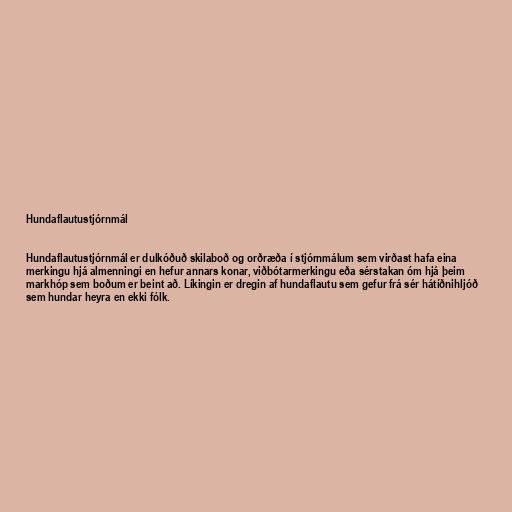
Hundaflautustjórnmál

Hundaflautustjórnmál er dulkóðuð skilaboð og orðræða í stjórnmálum sem virðast hafa eina
merkingu hjá almenningi en hefur annars konar, viðbótarmerkingu eða sérstakan óm hjá þeim
markhóp sem boðum er beint að. Líkingin er dregin af hundaflautu sem gefur frá sér hátíðnihljóð
sem hundar heyra en ekki fólk.